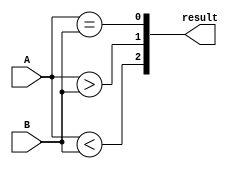
module comparator(
    input [1:0] A,
    input [1:0] B,
    output [2:0] result
);

assign result[0] = (A == B); // Equal
assign result[1] = (A > B); // Greater than
assign result[2] = (A < B); // Less than

endmodule